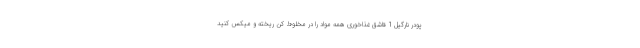
پودر نارگیل 1 قاشق غذاخوری همه مواد را در مخلوط کن ریخته و میکس کنید